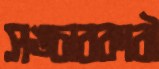
সঙ্চারকারী